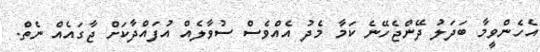
އެހެންވީމާ ބަދަލު ދޭންޖެހޭނެ ކަމާ މެދު އެއްވެސް ސުވާލެއް އުފައްދާކަށް ޖާގައެއް ނެތް.